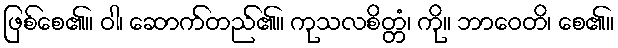
ဖြစ်စေ၏။ ဝါ၊ ဆောက်တည်၏။ ကုသလစိတ္တံ၊ ကို။ ဘာဝေတိ၊ စေ၏။